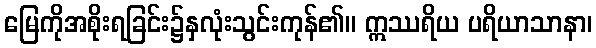
မြေကိုအစိုးရခြင်း၌နှလုံးသွင်းကုန်၏။ ဣဿရိယ ပရိယာသာနာ၊